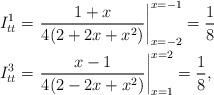
LaTeX: \begin{align*} I_{tt}^{1} & = \left.\frac{1 + x}{4 (2 + 2 x + x^2)}\right|_{x=-2}^{x=-1} = \frac{1}{8} \\I_{tt}^{3} & = \left.\frac{x-1}{4 (2 - 2 x + x^2)}\right|_{x=1}^{x=2} = \frac{1}{8},\end{align*}